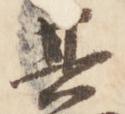
其